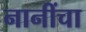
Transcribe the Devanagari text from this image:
नानींचा